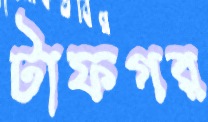
টাফগর